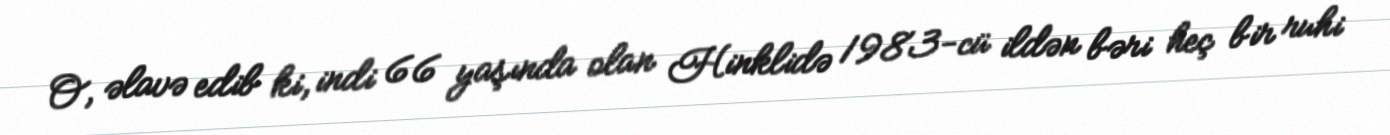
O, əlavə edib ki, indi 66 yaşında olan Hinklidə 1983-cü ildən bəri heç bir ruhi